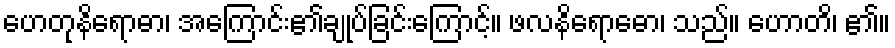
ဟေတုနိရောဓာ၊ အကြောင်း၏ချုပ်ခြင်းကြောင့်။ ဖလနိရောဓော၊ သည်။ ဟောတိ၊ ၏။